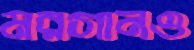
মরগানও